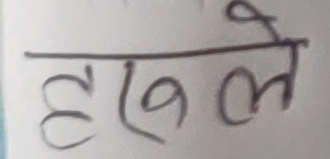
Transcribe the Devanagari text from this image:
हरुले